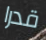
قدرا